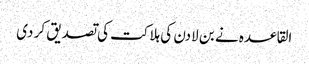
القاعدہ نے بن لادن کی ہلاکت کی تصدیق کر دی